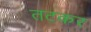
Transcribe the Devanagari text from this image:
तटकर